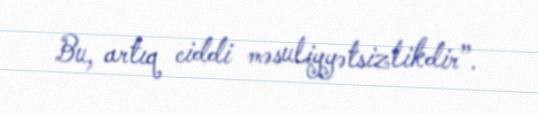
Bu, artıq ciddi məsuliyyətsizlikdir”.